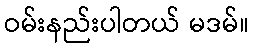
ဝမ်းနည်းပါတယ် မဒမ်။